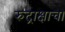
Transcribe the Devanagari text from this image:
रुद्राक्षाचा